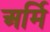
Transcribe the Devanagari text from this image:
अर्मि